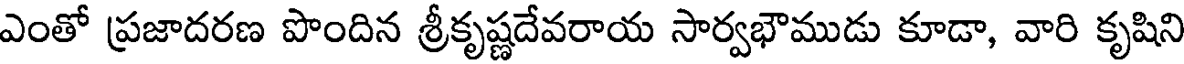
ఎంతో ప్రజాదరణ పొందిన శ్రీకృష్ణదేవరాయ సార్వభౌముడు కూడా, వారి కృషిని